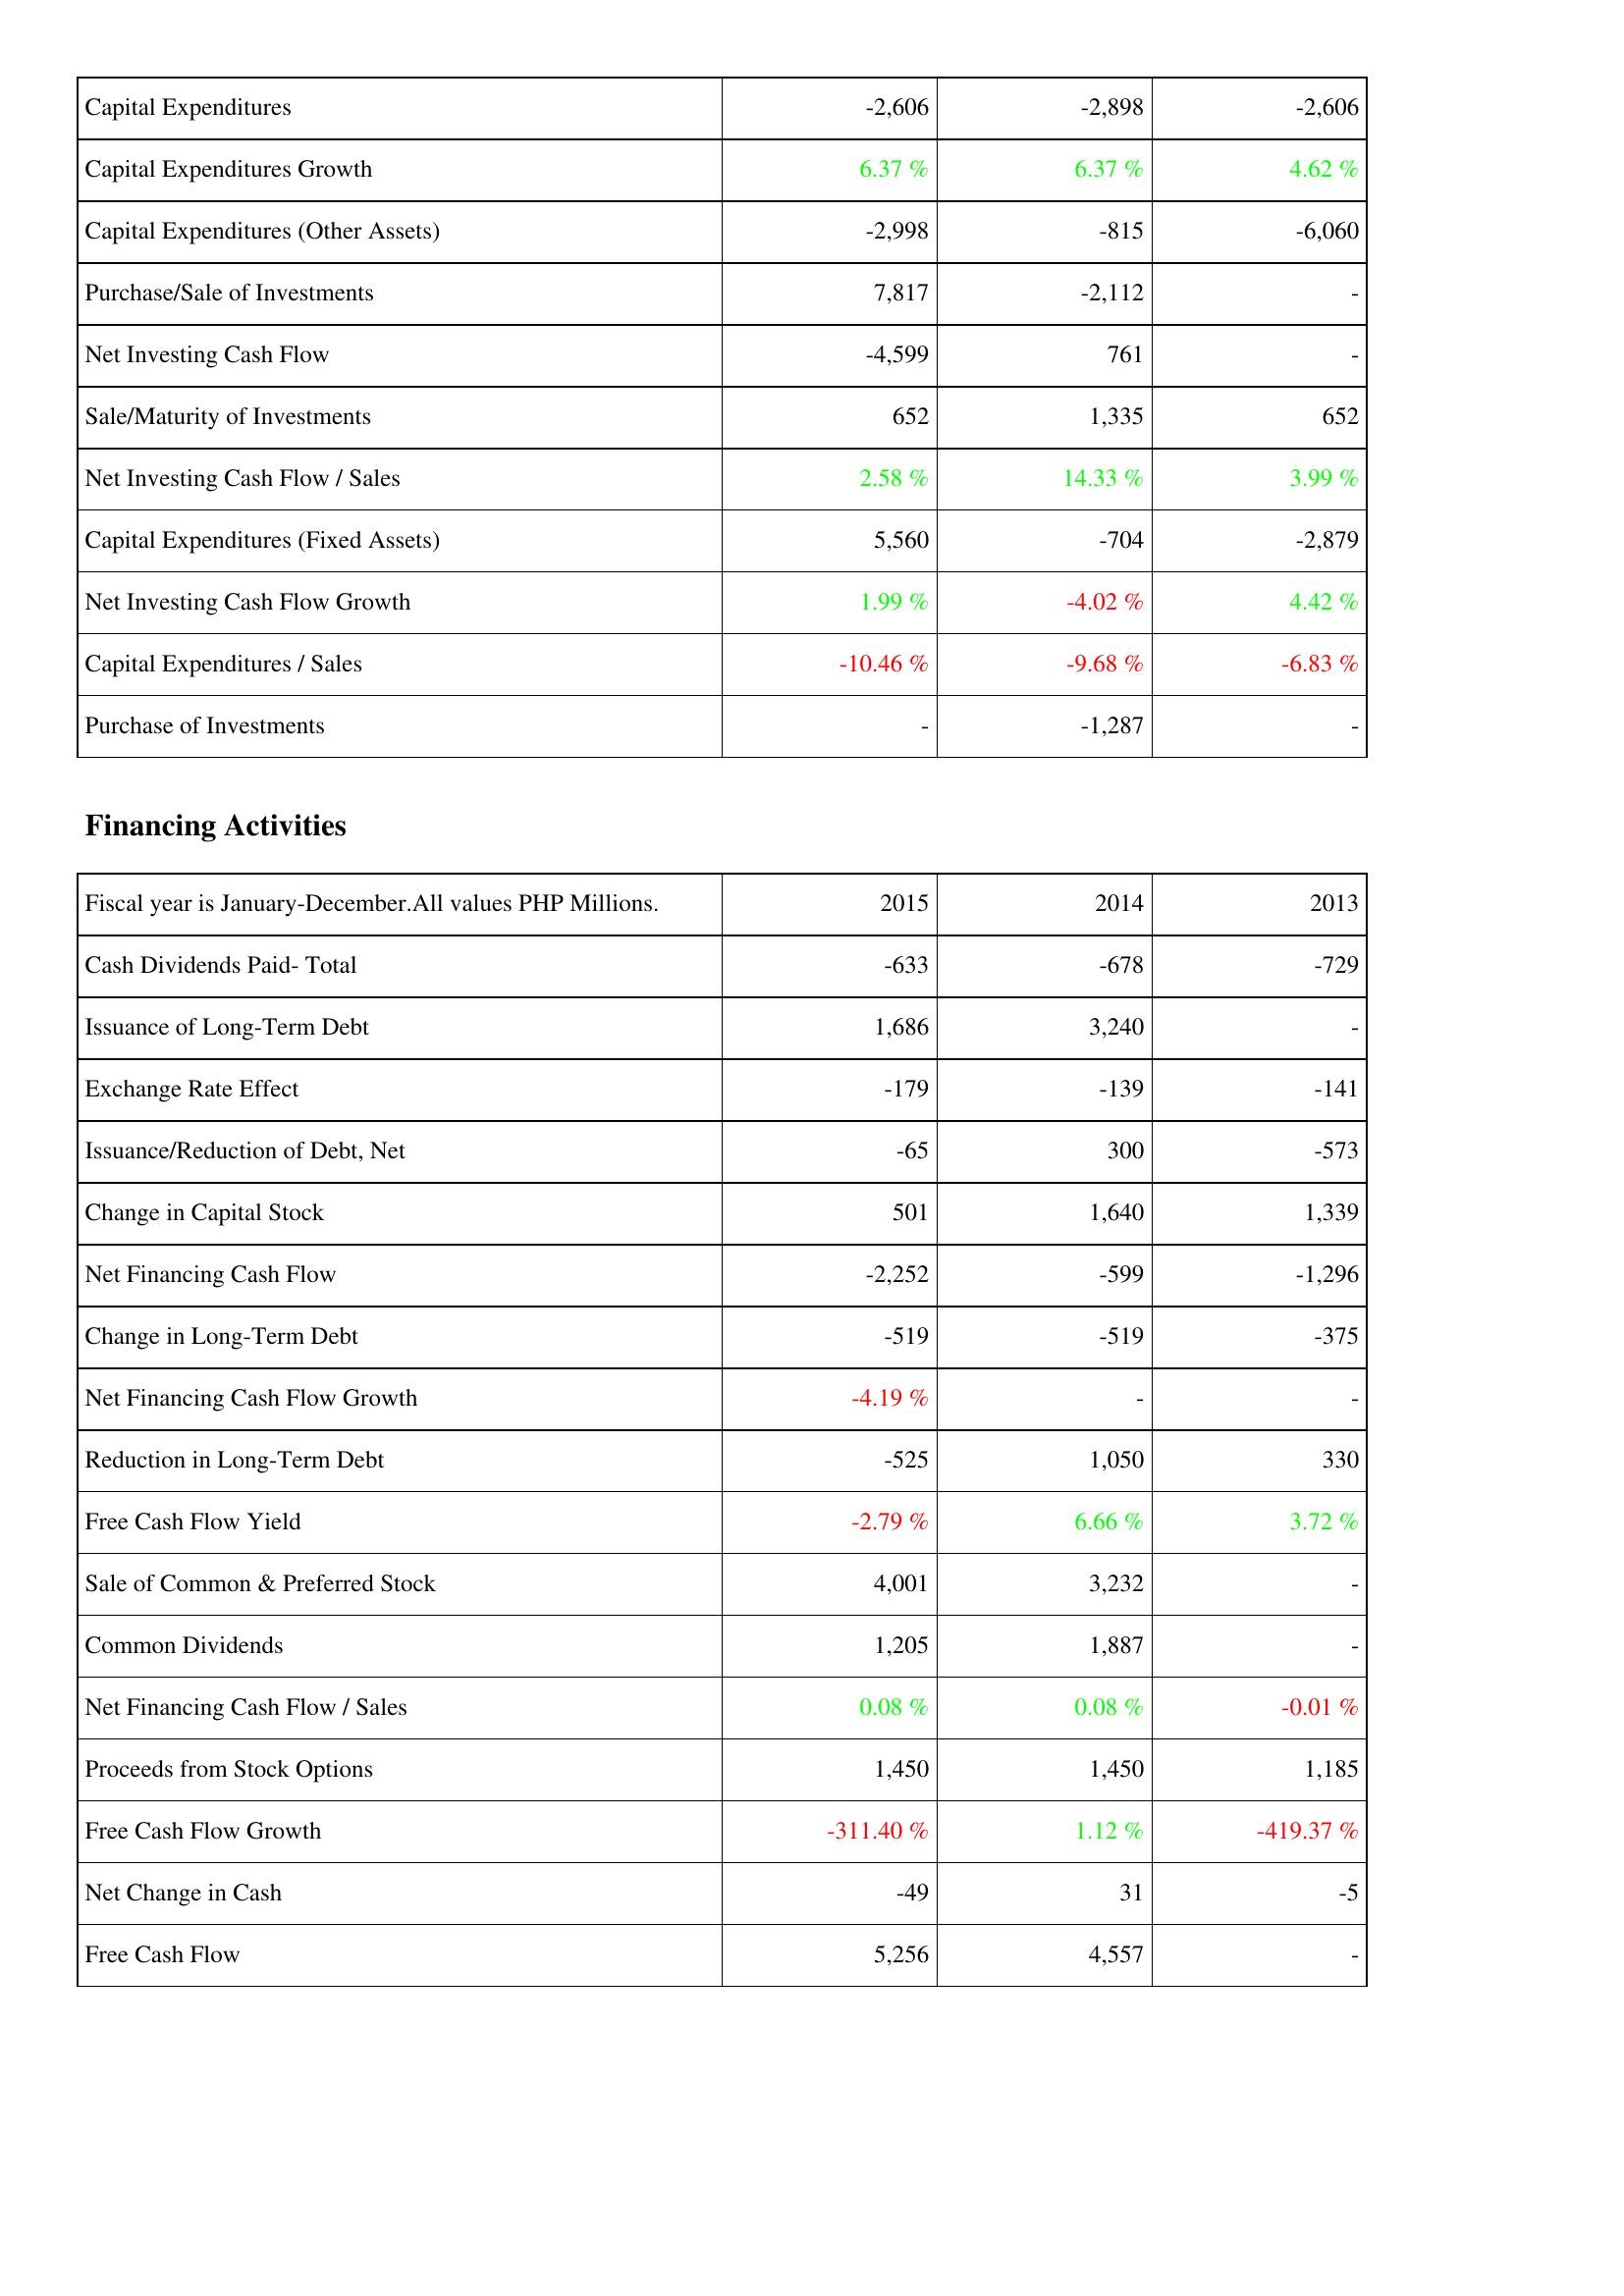
2015: Investing Activities: Capital Expenditures: -2,606
Capital Expenditures Growth: 6.37 %
Capital Expenditures (Other Assets): -2,998
Purchase/Sale of Investments: 7,817
Net Investing Cash Flow: -4,599
Sale/Maturity of Investments: 652
Net Investing Cash Flow / Sales: 2.58 %
Capital Expenditures (Fixed Assets): 5,560
Net Investing Cash Flow Growth: 1.99 %
Capital Expenditures / Sales: -10.46 %
Purchase of Investments: -
Financing Activities: Cash Dividends Paid- Total: -633
Issuance of Long-Term Debt: 1,686
Exchange Rate Effect: -179
Issuance/Reduction of Debt, Net: -65
Change in Capital Stock: 501
Net Financing Cash Flow: -2,252
Change in Long-Term Debt: -519
Net Financing Cash Flow Growth: -4.19 %
Reduction in Long-Term Debt: -525
Free Cash Flow Yield: -2.79 %
Sale of Common & Preferred Stock: 4,001
Common Dividends: 1,205
Net Financing Cash Flow / Sales: 0.08 %
Proceeds from Stock Options: 1,450
Free Cash Flow Growth: -311.40 %
Net Change in Cash: -49
Free Cash Flow: 5,256
2014: Investing Activities: Capital Expenditures: -2,898
Capital Expenditures Growth: 6.37 %
Capital Expenditures (Other Assets): -815
Purchase/Sale of Investments: -2,112
Net Investing Cash Flow: 761
Sale/Maturity of Investments: 1,335
Net Investing Cash Flow / Sales: 14.33 %
Capital Expenditures (Fixed Assets): -704
Net Investing Cash Flow Growth: -4.02 %
Capital Expenditures / Sales: -9.68 %
Purchase of Investments: -1,287
Financing Activities: Cash Dividends Paid- Total: -678
Issuance of Long-Term Debt: 3,240
Exchange Rate Effect: -139
Issuance/Reduction of Debt, Net: 300
Change in Capital Stock: 1,640
Net Financing Cash Flow: -599
Change in Long-Term Debt: -519
Net Financing Cash Flow Growth: -
Reduction in Long-Term Debt: 1,050
Free Cash Flow Yield: 6.66 %
Sale of Common & Preferred Stock: 3,232
Common Dividends: 1,887
Net Financing Cash Flow / Sales: 0.08 %
Proceeds from Stock Options: 1,450
Free Cash Flow Growth: 1.12 %
Net Change in Cash: 31
Free Cash Flow: 4,557
2013: Investing Activities: Capital Expenditures: -2,606
Capital Expenditures Growth: 4.62 %
Capital Expenditures (Other Assets): -6,060
Purchase/Sale of Investments: -
Net Investing Cash Flow: -
Sale/Maturity of Investments: 652
Net Investing Cash Flow / Sales: 3.99 %
Capital Expenditures (Fixed Assets): -2,879
Net Investing Cash Flow Growth: 4.42 %
Capital Expenditures / Sales: -6.83 %
Purchase of Investments: -
Financing Activities: Cash Dividends Paid- Total: -729
Issuance of Long-Term Debt: -
Exchange Rate Effect: -141
Issuance/Reduction of Debt, Net: -573
Change in Capital Stock: 1,339
Net Financing Cash Flow: -1,296
Change in Long-Term Debt: -375
Net Financing Cash Flow Growth: -
Reduction in Long-Term Debt: 330
Free Cash Flow Yield: 3.72 %
Sale of Common & Preferred Stock: -
Common Dividends: -
Net Financing Cash Flow / Sales: -0.01 %
Proceeds from Stock Options: 1,185
Free Cash Flow Growth: -419.37 %
Net Change in Cash: -5
Free Cash Flow: -